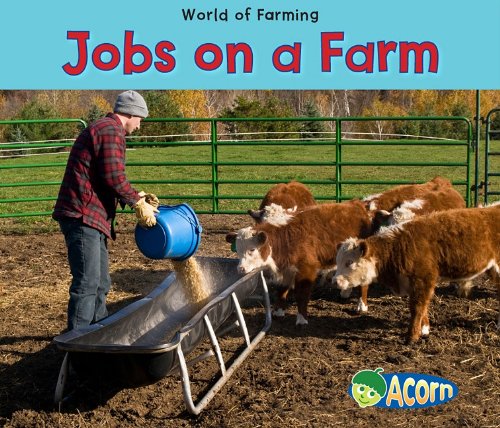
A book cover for Jobs on a Farm (World of Farming); Nancy Dickmann; Children's Books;